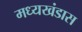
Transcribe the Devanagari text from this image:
मध्यखंडास